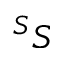
^ S S